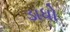
ડાધો